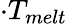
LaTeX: \cdot T_{melt}